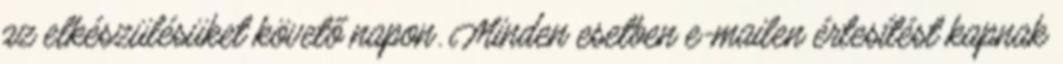
az elkészülésüket követő napon. Minden esetben e-mailen értesítést kapnak